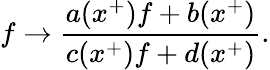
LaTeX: f\rightarrow\frac{a(x^{+})f+b(x^{+})}{c(x^{+})f+d(x^{+})}.